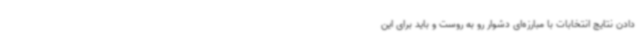
دادن نتایج انتخابات با مبارزه‌ای دشوار رو به روست و باید برای این